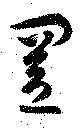
置